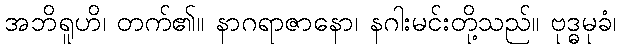
အဘိရူဟိ၊ တက်၏။ နာဂရာဇာနော၊ နဂါးမင်းတို့သည်။ ဗုဒ္ဓမုခံ၊